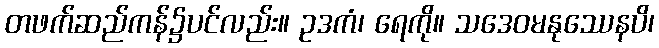
တဖက်ဆည်ကန်၌ပင်လည်း။ ဥဒကံ၊ ရေကို။ သဒေဝမနုဿေနပိ၊